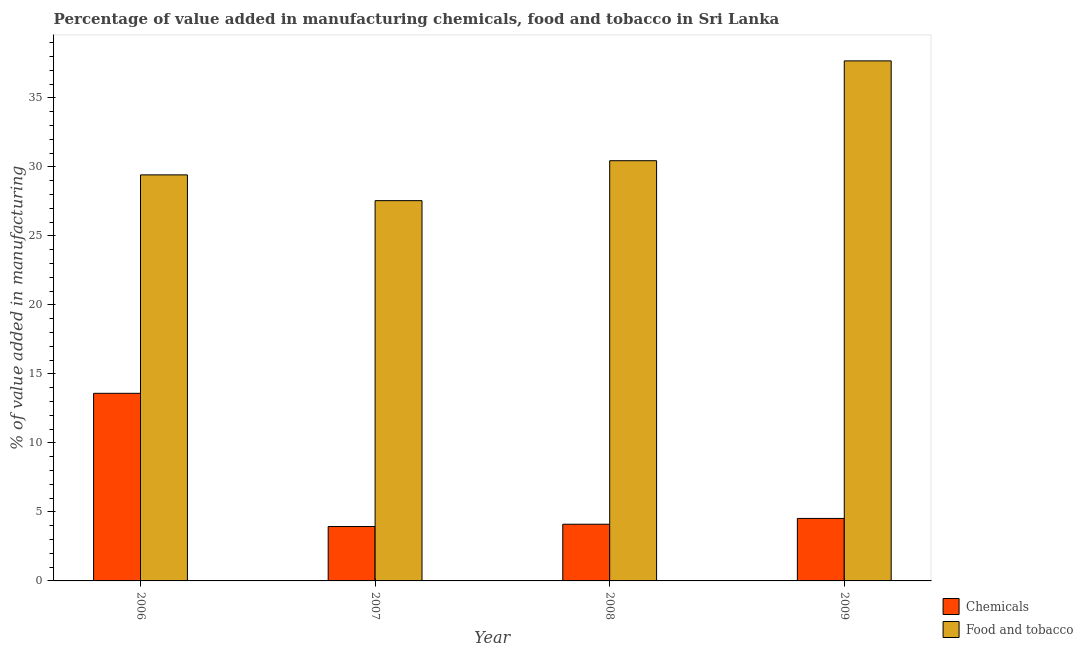
| Year | Chemicals | Food and tobacco |
 | --- | --- | --- |
 | 2006 | 13.6 | 29.4 |
 | 2007 | 3.94 | 27.6 |
 | 2008 | 4.11 | 30.4 |
 | 2009 | 4.53 | 37.7 |